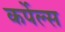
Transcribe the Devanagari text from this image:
कर्पेल्स